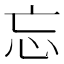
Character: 忘